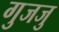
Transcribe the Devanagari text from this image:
गुजजु